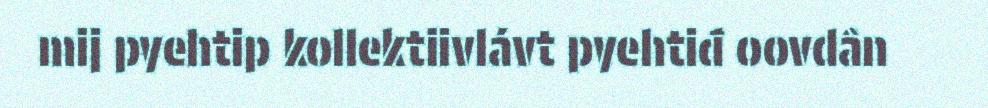
mij pyehtip kollektiivlávt pyehtiđ oovdân